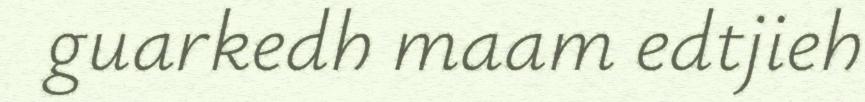
guarkedh maam edtjieh